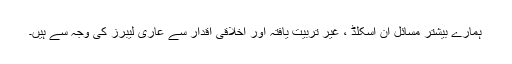
ہمارے بیشتر مسائل ان اسکلڈ ، غیر تربیت یافتہ اور اخلاقی اقدار سے عاری لیبرز کی وجہ سے ہیں۔